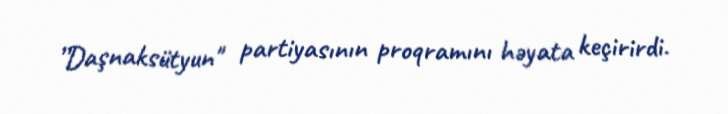
”Daşnaksütyun" partiyasının proqramını həyata keçirirdi.